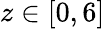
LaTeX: z\in[0,6]